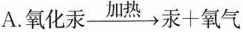
A.$$氧化汞\xrightarrow[]{加热}汞+氧气$$